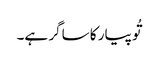
تُو پیار کا ساگر ہے۔